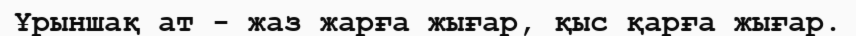
Ұрыншақ ат - жаз жарға жығар, қыс қарға жығар.